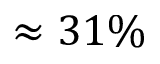
\approx 3 1 \%